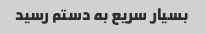
بسیار سریع به دستم رسید